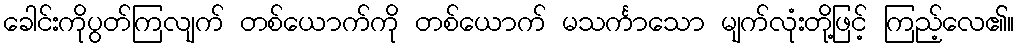
ခေါင်းကိုပွတ်ကြလျက် တစ်ယောက်ကို တစ်ယောက် မသင်္ကာသော မျက်လုံးတို့ဖြင့် ကြည့်လေ၏။